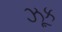
ઝૂક